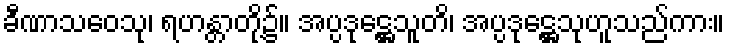
ခီဏာသဝေသု၊ ရဟန္တာတို့၌။ အပ္ပဒုဋ္ဌေသူတိ၊ အပ္ပဒုဋ္ဌေသုဟူသည်ကား။